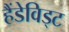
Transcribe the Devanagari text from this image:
हैंडेविड्ट